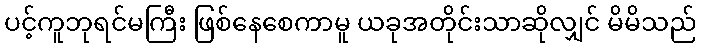
ပင့်ကူဘုရင်မကြီး ဖြစ်နေစေကာမူ ယခုအတိုင်းသာဆိုလျှင် မိမိသည်